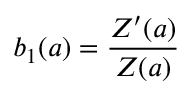
b _ { 1 } ( a ) = \frac { Z ^ { \prime } ( a ) } { Z ( a ) }